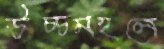
উচ্চমহলে